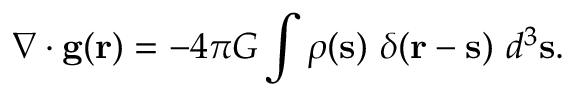
\nabla \cdot \mathbf { g } ( \mathbf { r } ) = - 4 \pi G \int \rho ( \mathbf { s } ) \ \delta ( \mathbf { r } - \mathbf { s } ) \ d ^ { 3 } \mathbf { s } .